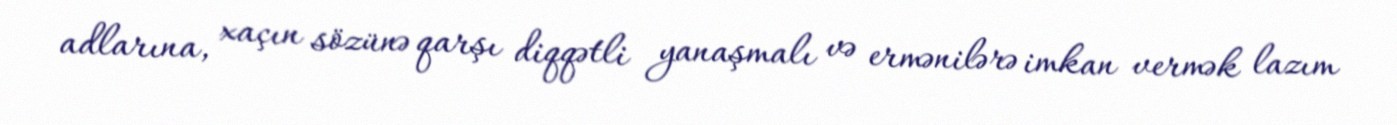
adlarına, xaçın sözünə qarşı diqqətli yanaşmalı və ermənilərə imkan vermək lazım